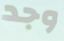
وجد